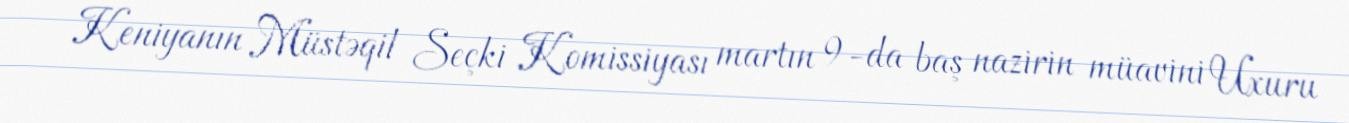
Keniyanın Müstəqil Seçki Komissiyası martın 9-da baş nazirin müavini Uxuru